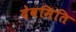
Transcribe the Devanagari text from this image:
देवमिति